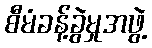
စီမံခန့်ခွဲမှုအဖွဲ့